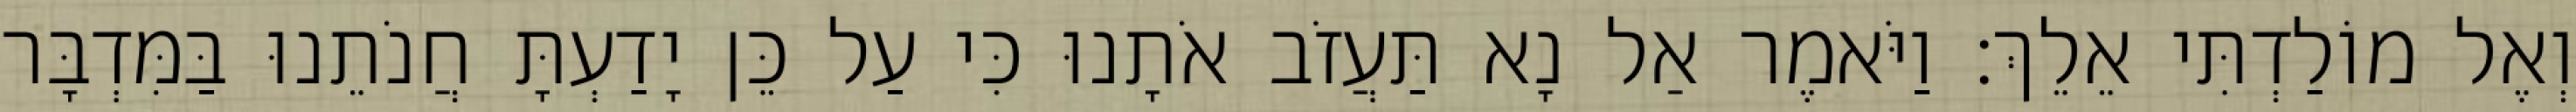
וְאֶל מוֹלַדְתִּי אֵלֵךְ׃ וַיֹּאמֶר אַל נָא תַּעֲזֹב אֹתָנוּ כִּי עַל כֵּן יָדַעְתָּ חֲנֹתֵנוּ בַּמִּדְבָּר